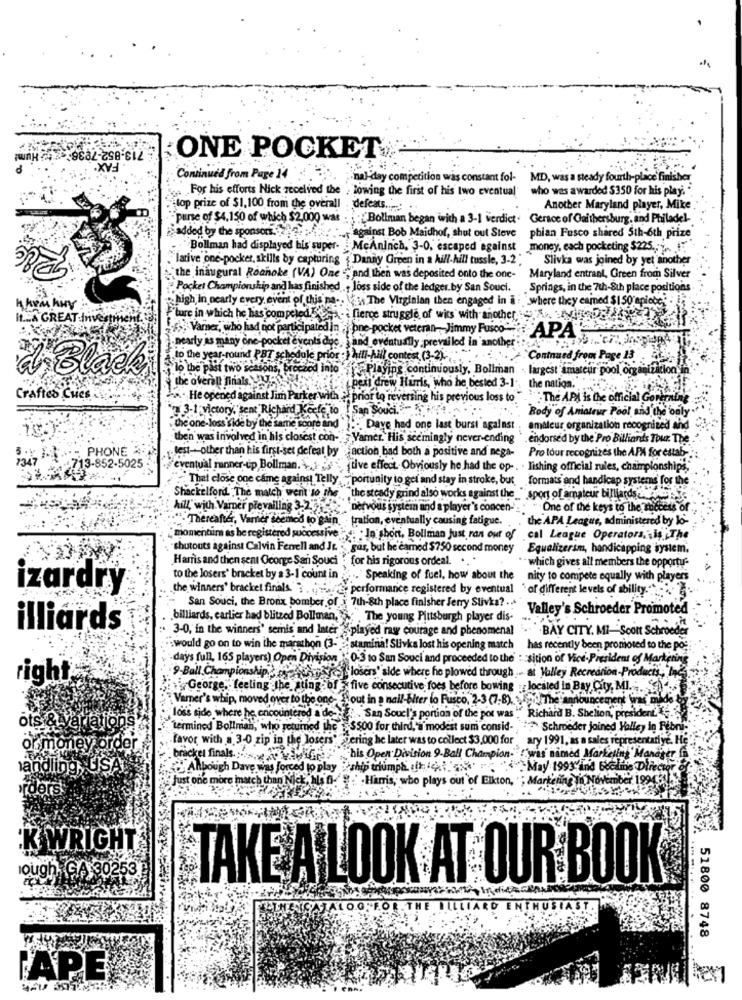
713-852-7836 5: Hum!
FAX
ONE POCKET
Continued from Page 14
-na)-day competition was constant fol- MD, was a steady fourth-place finisher
For his efforts Nick received the , lowing the first of his two eventual"
who was awarded $350 for his play.
top prize of $1,100 from the overall defeats ....
Another Maryland player, Mike
purse of $4,150 of which $2,000 was :
:"Bollman began with a 3-1 verdict . Gerace of Gaithersburg, and Philadel-
added by the sponsors. 2. ..
against Bob Maidhof, shut out Steve
phian Fusco shared 5th-6th prize
Bollman had displayed his super- McAninch, 3-0, escaped against money, each pocketing $225 ., ...
larive one-pocket, skills by capturing : Danny Green in a hill-hill tussle, 3-2
Slivka was joined by yet another
the inaugural Roanoke (VA) One , and then was deposited onto the one-
Maryland entrant, Green from Silver
Pocket Championship and has finished . loss side of the ledger.by San Souci.
.Springs, in the 7th-8th place positions
high; in nearly every, event of this na -. is The Virginian then engaged in a : where they camed $150 apiece; .
It ... A GREAT Investinien
"ture in which he has compelled bee- fierce struggle of wits with another ...
Varner, who had not participated in -one-pocket veteran- Jimmy Fusco": "A PAS-
nearly as many one-pocket events due, 3 and eventually ;prevailed in another :
to the year-round PBT schedule prior :)
Will-hill contest (3-2)
Contnued from Page 13
d Black
lo the past two seasons, proceed into Playing continuously, Bollman . largest amateur pool organization
peit drew Hurris, who he bested 3-1 -, the nation.
Crafted Cuies
.... He opened against Jim Parker with a prior to reversing his previous loss to.".
"The APA is the official Gorerali
"a 3-1; victory, sent Richard Keefe, to
San Souci.
Body of Aniateur Pool and the 'only
.the one-loss side by the same moore and
. Dave had one last burst against . amateur organization recognized and
then was involved in his closest con- Varer. His seemingly never-ending
. endorsed by the Pro Billiards Tour. The
3. PHONE
test- other than his first-set defeat by ' action bad both a positive and nega-
Pro tour recognizes the AFM for estab-
7347
713-852-5025
eventual runner-up Bollman. 4. i ga tive effect. Obviously he had the op -. . Fishing official rules, championships,
"That close one came against Telly -portunity to get and stay in stroke, but formats and handicap systems for the
Shackelford The match went to the "the steady grind also works against the _" sport of amateur billiards try
hill, with Varner prevailing 3.2.235%
"nervous system and a player's concen-' :
One of the keys to the success of
"-Thereafter, Varner seemed to gain, . tration, eventually causing fatigue.
."the APA League, administered by lo-
momentum as he registered successive : .. . In short, Bollman just ran out of cal League Operators, is The
-shutouts against Calvin Ferrell and Jr. - "gas, but he camed $750 second money Equalizersm, handicapping system.
Harris and then sent Ocorge San Souci . for his rigorous ordeal. .. "
. - which gives all members the opportu-
to the losers' bracket by a 3-1 count in .. .. "Speaking of fuel, how about the nity to compete equally with players
izardry
che winners' bracket finals. 3 .1. 2 performance registered by eventual " of different levels of ability. .....
- San Souci, the Bronx bomber of i 7th-8th place finisher Jerry Stivka? ...
Valley's Schroeder Promoted
.billiards, carlier had blitzed Bollman, , The young Pittsburgh player dis- ....
illiards
3-0, in the winners' semis and later "played ras courage and phenomenal .
BAY CITY. MI-Scott Schroeder
.would go on to win the marathon (3-' ' stamina! Slivka lost his opening match has recently been promoted to the pos
"days full, 165 players) Open Division 0-3 to San Souci and proceeded to the' : sition of Vice-President of Marketing
right.
9-Ball Championship. hedespages (losers' side where he plowed through ... at Valley Recreation-Products, Le
George, feeling the sting- bf five consecutive foes before bowing : located in Bay City, MI .....
: Vamer's whip, moved over to the one- Siout in a nail-biter to Fusco, 2-3 (7-8). .. The announcement was made by
"loss side where he encountered a de- " . San Souel's portion of the por was"
Richard B. Shelion, president .
ots & variations
Termined Bollman, who returned the
$500 for third,'a modest sum consid-
Schroeder joined Valley in Febri-
.favor, with a 3-0 zip in the losers"?
Tering he later was to collect $3,000 for
ary 1991. as a sales representative. He
or money order
brac
inals .:
"his Open Division 9-Ball Champion-"" was named Marketing Manager In
handling, USA
igh Dave was forced to play
ship triumph. aft 44.
`May 1993 ind Became Director &
Just
match than Nick, als f-
. Harris, who plays out of Elkton, "; Marketing In November 199433
orderss
K WRIGHT
ough, GA 30253
TAKE A LOOK AT OUR BOOK
ST.
51800 8748
TAPE
Rer
CRA.